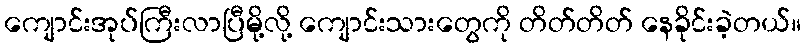
ကျောင်းအုပ်ကြီးလာပြီမို့လို့ ကျောင်းသားတွေကို တိတ်တိတ် နေခိုင်းခဲ့တယ်။